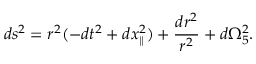
d s ^ { 2 } = r ^ { 2 } ( - d t ^ { 2 } + d x _ { \parallel } ^ { 2 } ) + { \frac { d r ^ { 2 } } { r ^ { 2 } } } + d \Omega _ { 5 } ^ { 2 } .